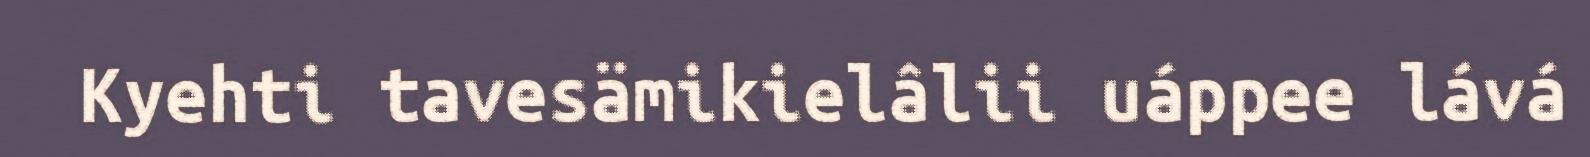
Kyehti tavesämikielâlii uáppee lává